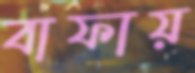
বাফায়